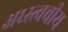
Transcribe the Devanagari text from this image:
अध्स्त्वचीय